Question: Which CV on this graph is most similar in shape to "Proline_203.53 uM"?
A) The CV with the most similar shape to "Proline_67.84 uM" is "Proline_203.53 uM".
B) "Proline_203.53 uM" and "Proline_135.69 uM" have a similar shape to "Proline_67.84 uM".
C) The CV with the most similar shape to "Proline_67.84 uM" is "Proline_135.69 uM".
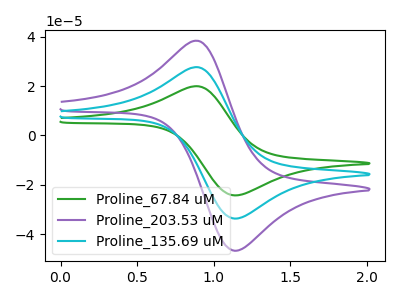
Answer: <think>The green curve "Proline_67.84 uM" has an anodic peak at (0.90V, 19.95uA) and a cathodic peak at (1.15V, -24.30uA). The purple curve "Proline_203.53 uM" has an anodic peak at (0.90V, 55.30uA) and a cathodic peak at (1.15V, -67.40uA). The cyan curve "Proline_135.69 uM" has an anodic peak at (0.90V, 27.65uA) and a cathodic peak at (1.15V, -33.70uA).
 All the peaks in "Proline_67.84 uM" have a peak in "Proline_203.53 uM" at the same potential. Every peak in "Proline_67.84 uM" is lower than every peak in "Proline_203.53 uM". All the peaks in "Proline_67.84 uM" have a peak in "Proline_135.69 uM" at the same potential. Every peak in "Proline_67.84 uM" is lower than every peak in "Proline_135.69 uM". All the peaks in "Proline_203.53 uM" have a peak in "Proline_135.69 uM" at the same potential. Every peak in "Proline_203.53 uM" is higher than every peak in "Proline_135.69 uM".</think>
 <answer>B) "Proline_203.53 uM" and "Proline_135.69 uM" have a similar shape to "Proline_67.84 uM".</answer>
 <eval>B</eval>